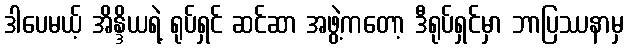
ဒါပေမယ့် အိန္ဒိယရဲ့ ရုပ်ရှင် ဆင်ဆာ အဖွဲ့ကတော့ ဒီရုပ်ရှင်မှာ ဘာပြဿနာမှ